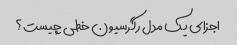
اجزای یک مدل رگرسیون خطی چیست؟